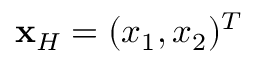
{ \bf x } _ { H } = ( x _ { 1 } , x _ { 2 } ) ^ { T }